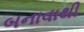
બનાવાથી